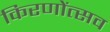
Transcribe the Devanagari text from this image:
किरणोंत्सव